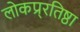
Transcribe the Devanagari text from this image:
लोकप्र्रतिष्ठा